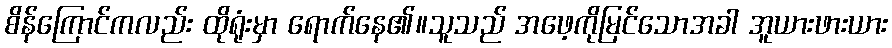
စိန်ကြောင်ကလည်း ထိုရုံးမှာ ရောက်နေ၏။သူသည် အဖေ့ကိုမြင်သောအခါ အူယားဖားယား